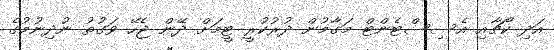
އަދި ކޯޗާއި އެސިސްޓެންޓް މަގާމުން ދުރުކުރީ ޓީމަށް ދޭން ޖެހޭ ވަގުތު ނުދިނުމުގެ